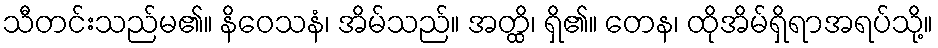
သီတင်းသည်မ၏။ နိဝေသနံ၊ အိမ်သည်။ အတ္ထိ၊ ရှိ၏။ တေန၊ ထိုအိမ်ရှိရာအရပ်သို့။